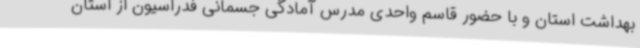
بهداشت استان و با حضور قاسم واحدی مدرس آمادگی جسمانی فدراسیون از استان